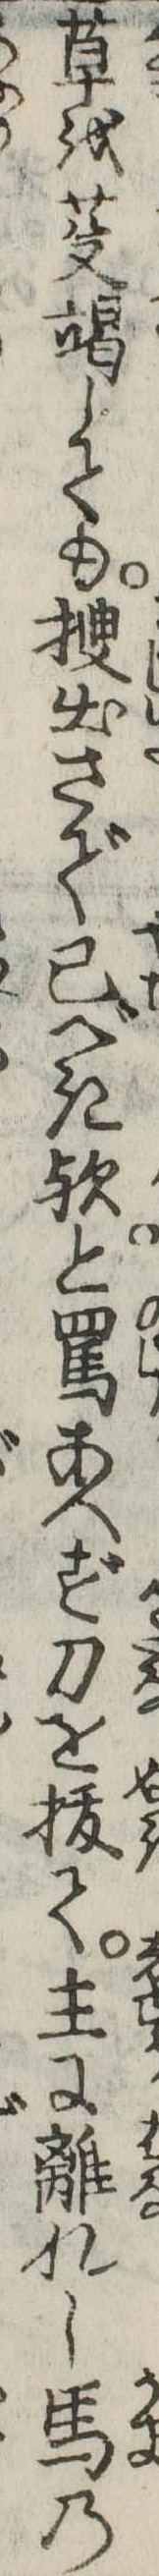
草を芟竭しても捜出さで已べき歟と罵あへず刀を抜て主に離れし馬の